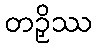
တဉှိဿ